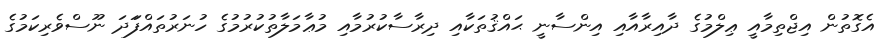
އެގޮތުން އިޖްތިމާއީ ޢިލްމުގެ ދާއިރާއާއި އިންސާނީ ޙައްޤުތަކާއި ދިރާސާކުުރުމާއި މުޢާމަލާތުކުރުމުގެ ހުނަރުތައްފަަދަ ނޫސްވެރިކަމުގެ